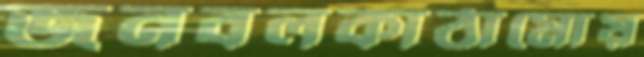
জনবলকাঠামোয়